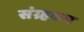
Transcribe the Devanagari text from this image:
संग्र्हकत्र